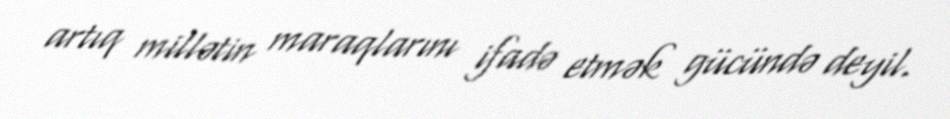
artıq millətin maraqlarını ifadə etmək gücündə deyil.